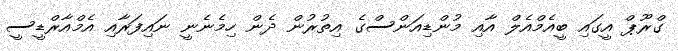
ގްރޫޕް އީގައި ބީއެމްއެލް އާއި މުންޑިއަންސްގެ އިތުރުން ދެން ހިމެނެނީ ނައިފަރާއި އެމްއާރްޑީސީ